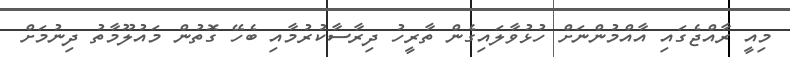
މިއީ ރާއްޖެގައި އާއްމުންނަށް ހުޅުވާލައިގެން ތާރީހު ދިރާސާކުރުމާއި ބެހޭ ގޮތުން މައުލޫމާތު ދިނުމަށް